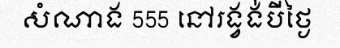
សំណាង 555 នៅរង្វង់បីថ្ងៃ